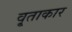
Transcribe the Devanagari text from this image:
वृ्ताकार